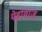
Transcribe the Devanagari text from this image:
येहोवाज